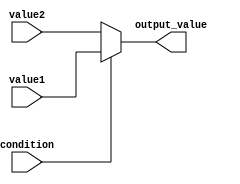
module ConditionalOperatorAssignment (
    input wire condition,      // Condition input (boolean)
    input wire [7:0] value1,  // First input value (8-bit)
    input wire [7:0] value2,  // Second input value (8-bit)
    output reg [7:0] output_value // Output value (8-bit)
);

// Always block to evaluate the condition and assign the output
always @(*) begin
    output_value = (condition) ? value1 : value2; // Ternary conditional operator
end

endmodule